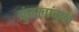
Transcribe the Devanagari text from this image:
कुंडलांमुळे